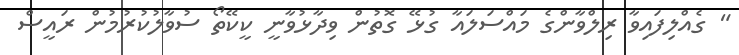
" ގެއްލިފައިވާ ރިލްވާންގެ މައްސަލައާ ގުޅޭ ގޮތުން ވިދާޅުވާނީ ކީކޭތޯ ސުވާލުކުރުމުން ރައީސް